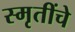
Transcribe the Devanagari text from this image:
स्मृतींचे